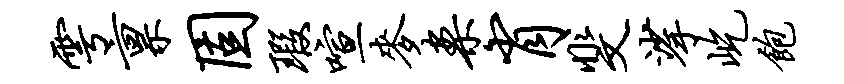
雩禀固瑕喧麦案肖斐挲屹饱